Annual report of the Bengal Veterinary College and of the Civil Veterinary Department, Bengal, for the year 1912-1913 - 1912-1913
Year: 1912
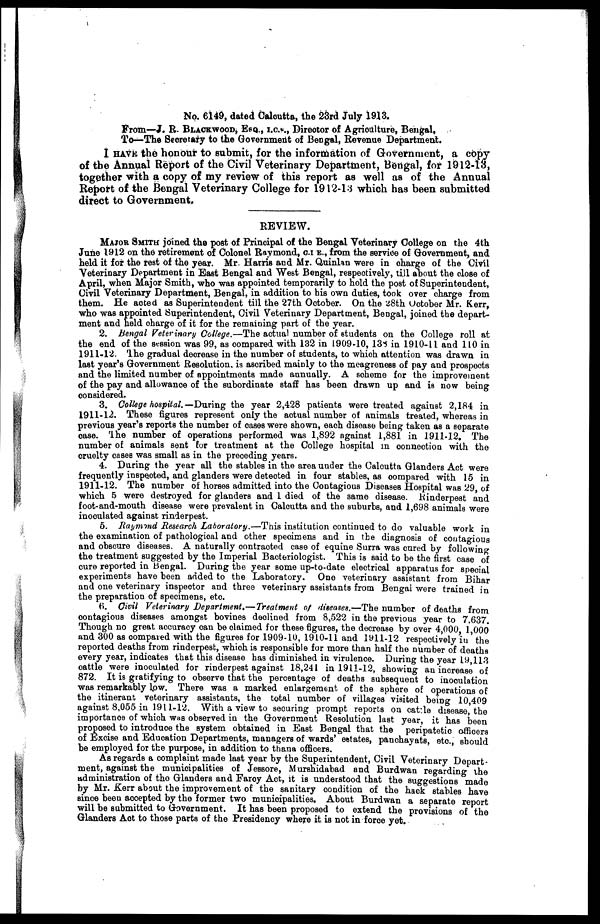
No. 6149, dated Calcutta, the 23rd July 1913.
From—J. R. BLACKWOOD, ESQ., I.C.S., Director of Agriculture, Bengal,
To—The Secretary to the Government of Bengal, Revenue Department.
I HAVE the honour to submit, for the information of Government, a copy
of the Annual Report of the Civil Veterinary Department, Bengal, for 1912-13,
together with a copy of my review of this report as well as of the Annual
Report of the Bengal Veterinary College for 1912-13 which has been submitted
direct to Government.
REVIEW.
MAJOR SMITH joined the post of Principal of the Bengal Veterinary College on the 4th
June 1912 on the retirement of Colonel Raymond, C.I.E., from the service of Government, and
held it for the rest of the year. Mr. Harris and Mr. Quinlan were in charge of the Civil
Veterinary Department in East Bengal and West Bengal, respectively, till about the close of
April, when Major Smith, who was appointed temporarily to hold the post of Superintendent,
Civil Veterinary Department, Bengal, in addition to his own duties, took over charge from
them. He acted as Superintendent till the 27th October. On the 28th October Mr. Kerr,
who was appointed Superintendent, Civil Veterinary Department, Bengal, joined the depart-
ment and held charge of it for the remaining part of the year.
2. Bengal Veterinary College.—The actual number of students on the College roll at
the end of the session was 99, as compared with 132 in 1909-10, 138 in 1910-11 and 110 in
1911-12. The gradual decrease in the number of students, to which attention was drawn in
last year's Government Resolution is ascribed mainly to the meagreness of pay and prospects
and the limited number of appointments made annually. A scheme for the improvement
of the pay and allowance of the subordinate staff has been drawn up and is now being
considered.
3. College hospital.— During the year 2,428 patients were treated against 2,184 in
1911-12. These figures represent only the actual number of animals treated, whereas in
previous year's reports the number of oases were shown, each disease being taken as a separate
case. The number of operations performed was 1,892 against 1,881 in 1911-12. The
number of animals sent for treatment at the College hospital in connection with the
cruelty cases was small as in the preceding years.
4. During the year all the stables in the area under the Calcutta Glanders Act were
frequently inspected, and glanders were detected in four stables, as compared with 15 in
1911-12. The number of horses admitted into the Contagious Diseases Hospital was 29, of
which 5 were destroyed for glanders and 1 died of the same disease. Rinderpest and
foot-and-mouth disease were prevalent in Calcutta and the suburbs, and 1,698 animals were
inoculated against rinderpest.
5. Raymand Research Laboratory.—This institution continued to do valuable work in
the examination of pathological and other specimens and in the diagnosis of contagious
and obscure diseases. A naturally contracted case of equine Surra was cured by following
the treatment suggested by the Imperial Bacteriologist. This is said to be the first case of
cure reported in bengal. During the year some up-to-date electrical apparatus for special
experiments have been added to the Laboratory. One veterinary assistant from Bihar
and one veterinary inspector and three veterinary assistants from Bengai were trained in
the preparation of specimens, etc.
6. Civil Veterinary Department.—Treatment of diseases.—The number of deaths from
contagious diseases amongst bovines declined from 8,522 in the previous year to 7.637.
Though no great accuracy can be claimed for these figures, the decrease by over 4,000, 1,000
and 300 as compared with the figures for 1909-10, 1910-11 and 1911-12 respectively in the
reported deaths from rinderpest, which is responsible for more than half the number of deaths
every year, indicates that this disease has diminished in virulence. During the year 19,113
cattle were inoculated for rinderpest against 18,241 in 1911-12, showing an increase of
872. It is gratifying to observe that the percentage of deaths subsequent to inoculation
was remarkably low. There was a marked enlargement of the sphere of operations of
the itinerant, veterinary assistants, the total number of villages visited being 10,409
against 8,055 in 1911-12. With a view to securing prompt reports on cattle disease, the
importance of which was observed in the Government Resolution last year, it has been
proposed to introduce the system obtained in East Bengal that the peripatetic officers
of Excise and Education Departments, managers of wards' estates, panchayats, etc., should
be employed for the purpose, in addition to thana officers.
As regards a complaint made last year by the Superintendent, Civil Veterinary Depart-
ment, against the municipalities of Jessore, Murshidabad and Burdwan regarding the
administration of the Glanders and Farcy Act, it is understood that the suggestions made
by Mr. Kerr about the improvement of the sanitary condition of the hack stables have
since been accepted by the former two municipalities. About Burdwan a separate report
will be submitted to Government. It has been proposed to extend the provisions of the
Glanders Act to those parts of the Presidency where it is not in force yet.